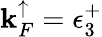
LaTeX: \mathbf{k}_{F}^{\mathord{\uparrow}}=\epsilon_{3}^{+}